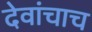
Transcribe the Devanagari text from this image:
देवांचाच